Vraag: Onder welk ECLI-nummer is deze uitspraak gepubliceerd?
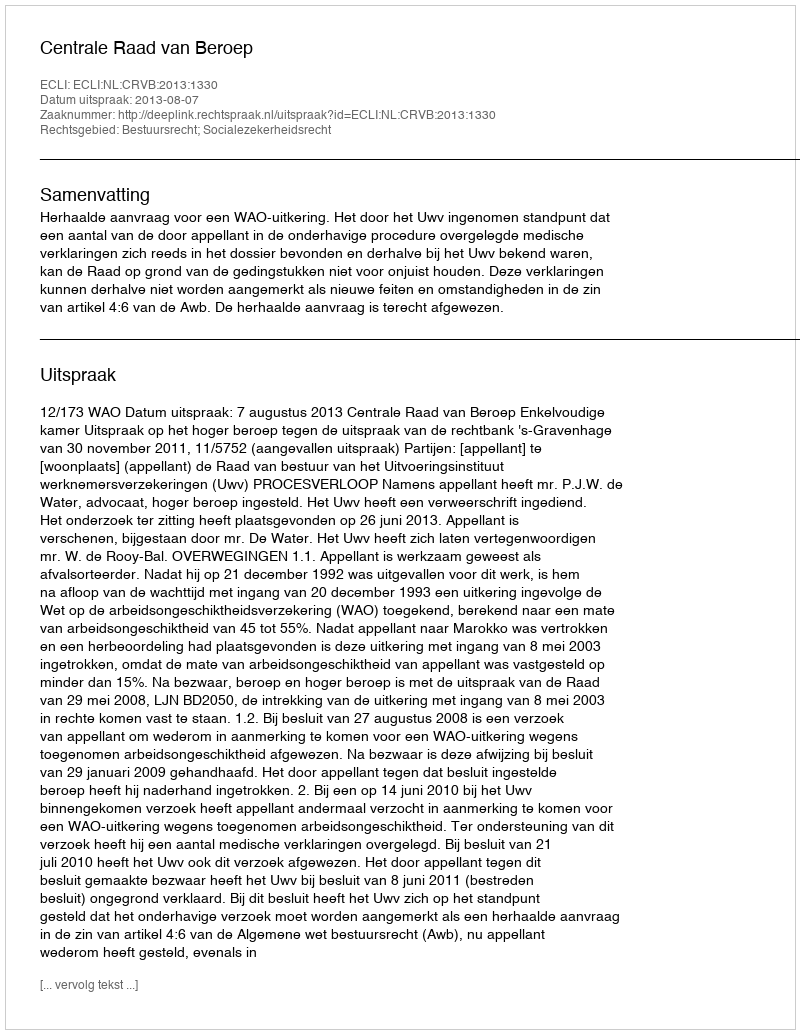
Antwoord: ECLI:NL:CRVB:2013:1330